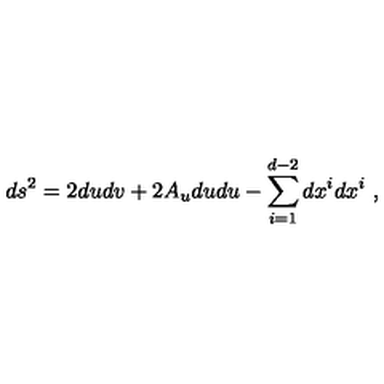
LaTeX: d s ^ { 2 } = 2 d u d v + 2 A _ { u } d u d u - \sum _ { i = 1 } ^ { d - 2 } d x ^ { i } d x ^ { i } \ ,